Annual report on the working of the mental hospitals in the Madras Presidency - 1912-1932
Year: 1912
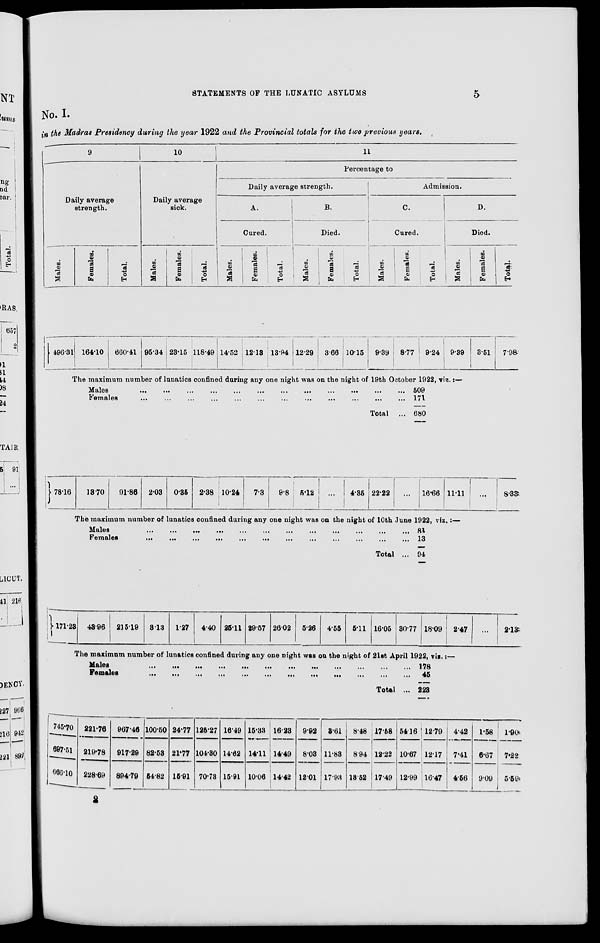
STATEMENTS OF THE LUNATIC ASYLUMS
5
No. I.
in the Madras Presidency during the year 1922 and the Provincial totals for the two previous years.
9
Daily average
strength.
Males.
496.31
Females.
164.10
Total.
660.41
10
Daily average
sick.
Males.
95.34
Females.
23.15
Total.
118.49
11
Percentage to
Daily average strength.
A.
Cured.
Males.
14.52
Females.
12.13
Total.
13.94
B.
Died.
Males.
12.29
Females.
3.66
Total.
10.15
Admission.
C.
Cured.
Males.
9.39
Females.
8.77
Total.
9.24
D.
Died.
Males.
9.39
Females.
3.51
Total.
7.98
The maximum number of lunatics confined during any one night was on the night of 19th October 1922, viz.:—
Males
...
...
...
...
...
...
...
...
...
...
...
...
Females
...
...
...
...
...
...
...
...
...
...
...
...
Total ...
509
171
680
78.16
13.70
91.86 2.03
0.35
2.38 10.24
7.3
9.8 5.12
...
4.35 22.22
...
16.66 11.11
...
8.33
The maximum number of lunatics confined during any one night was on the night of 10th June 1922, viz.:—
Males
...
...
...
...
...
...
...
...
...
...
...
...
Females
...
...
...
...
...
...
...
...
...
...
...
...
Total ...
81
13
94
171.23 43.96 215.19
3.13
1.27
4.40 25.11 29.57 26.02
5.26
4.55
5.11 16.05 30.77 18.09 2.47
...
2.13
The maximum number of lunatics confined during any one night was on the night of 21st April 1922, viz.:—
Males
...
...
...
...
...
...
...
...
...
...
...
...
Females ... ... ... ... ... ... ... ... ... ... ... ...
Total ...
178
45
223
745.70
697.51
666.10
221.76
219.78
228.69
967.46
917.29
894.79
100.50
82.53
54.82
24.77
21.77
15.91
125.27
104.30
70.73
16.49
14.62
15.91
15.33
14.11
10.06
16.23
14.49
14.42
9.92
8.03
12.01
3.61
11.83
17.93
8.48
8.94
13.52
17.58
12.22
17.49
54.16 |
10.67
12.99
12.79
12.17
16.47
4.42
7.41
4 56
1.58
6.67
9.09
1.90
7.22
5.59
2